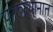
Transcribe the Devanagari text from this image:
पुनरुत्थानात